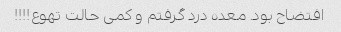
افتضاح بود. معده درد گرفتم و کمی حالت تهوع!!!!